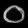
Digit: ၀